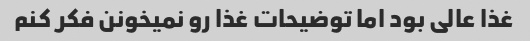
غذا عالی بود اما توضیحات غذا رو نمیخونن فکر کنم